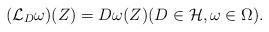
LaTeX: \begin{align*} (\mathcal L_D\omega)(Z)=D\omega(Z)(D\in\mathcal H, \omega\in\Omega).\end{align*}